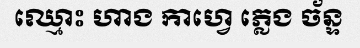
ឈ្មោះ ហាង កាហ្វេ ភ្លេង ច័ន្ទ